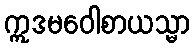
ဣဒမဝေါစာယသ္မာ